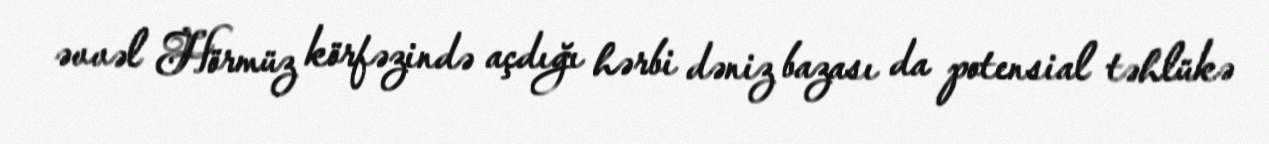
əvvəl Hörmüz körfəzində açdığı hərbi dəniz bazası da potensial təhlükə